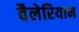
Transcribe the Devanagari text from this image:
वैलेरियान